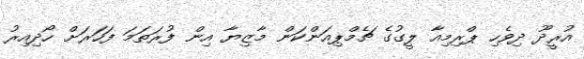
އުރީދޫ ދިވެހި ޕްރިމިއާ ލީގުގެ ޗެމްޕިއަންކަން މާޒިޔާ އިން ފުރަތަމަ ފަހަރަށް ހޯދިއިރު